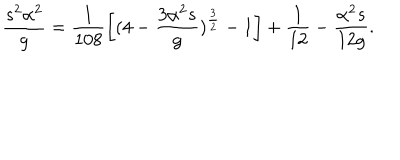
\frac { s ^ { 2 } \alpha ^ { 2 } } { g } = \frac { 1 } { 1 0 8 } \biggl [ ( 4 - \frac { 3 \alpha ^ { 2 } s } { g } ) ^ { \frac { 3 } { 2 } } - 1 \biggr ] + \frac { 1 } { 1 2 } - \frac { \alpha ^ { 2 } s } { 1 2 g } .